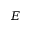
E